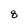
Character: 8